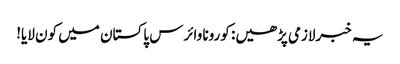
یہ خبرلازمی پڑھیں: کورونا وائرس پاکستان میں کون لایا!